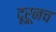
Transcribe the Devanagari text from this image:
दूरूनच